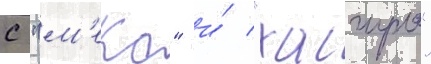
с "м'еко" и́ "хагуро"